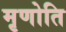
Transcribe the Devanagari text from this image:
मृणोति